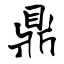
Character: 鼎